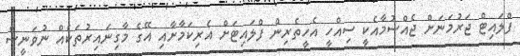
ފްލައިޓް ޖަރުމަނަށް ޖެއްސުމާއެކީ ސިއްހީ އެހީތެރިން ފްލައިޓަށް އެރިކަމާށާއި އޭގެ މާގިނައިރުތަކެއް ނުވަނީސް